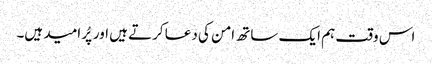
اس وقت ہم ایک ساتھ امن کی دعا کرتے ہیں اور پُر امید ہیں۔